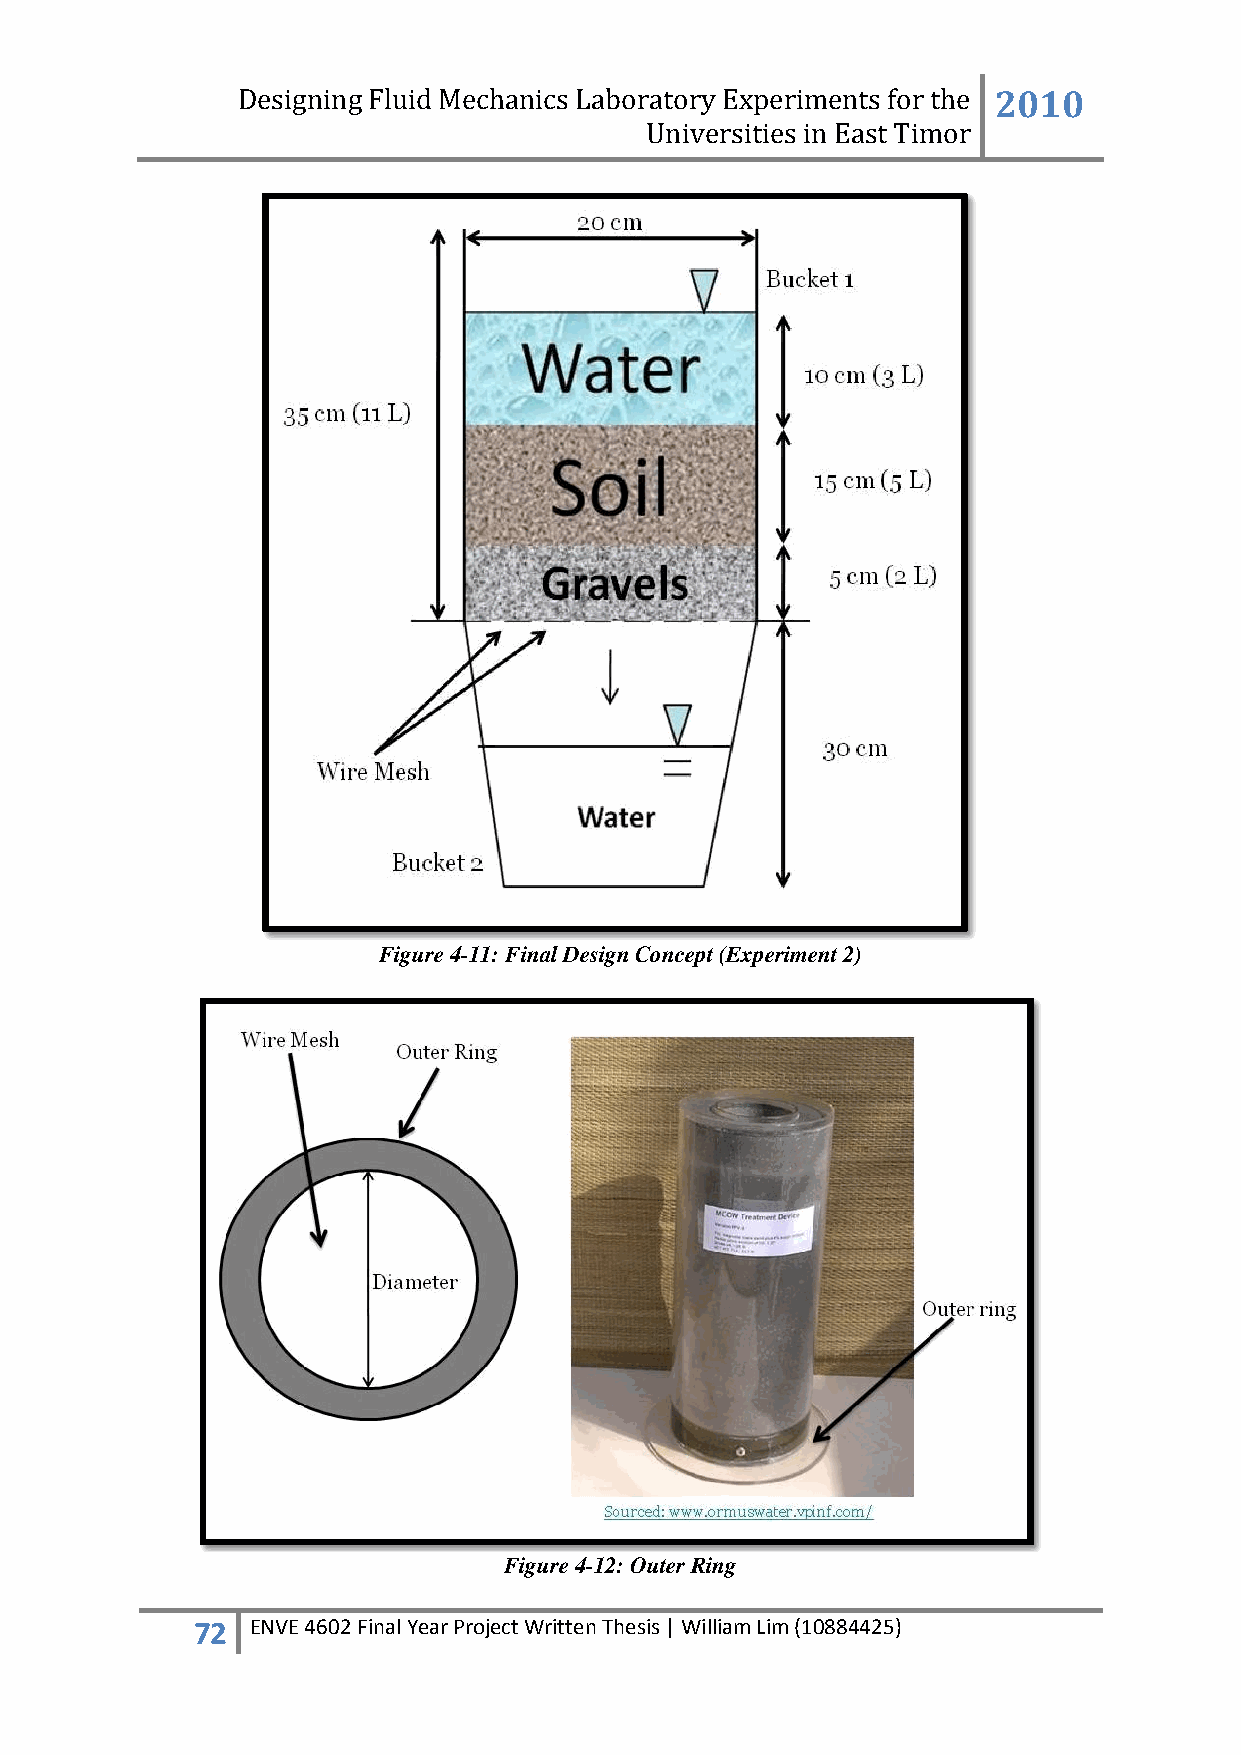
Designing Fluid Mechanics Laboratory Experiments for the 2010
 Universities in East Timor
 Figure 4-11: Final Design Concept (Experiment 2)
 Figure 4-12: Outer Ring
 72  ENVE 4602 Final Year Project Written Thesis | William Lim (10884425)